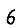
Digit: 6